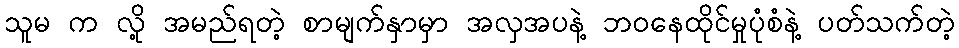
သူမ က လို့ အမည်ရတဲ့ စာမျက်နှာမှာ အလှအပနဲ့ ဘဝနေထိုင်မှုပုံစံနဲ့ ပတ်သက်တဲ့